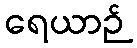
ရေယာဉ်